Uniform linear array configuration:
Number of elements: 16
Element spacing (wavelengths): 0.5
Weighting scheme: kaiser
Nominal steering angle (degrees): -15
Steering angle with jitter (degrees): -15.786
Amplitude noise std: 0.05
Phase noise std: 0.05

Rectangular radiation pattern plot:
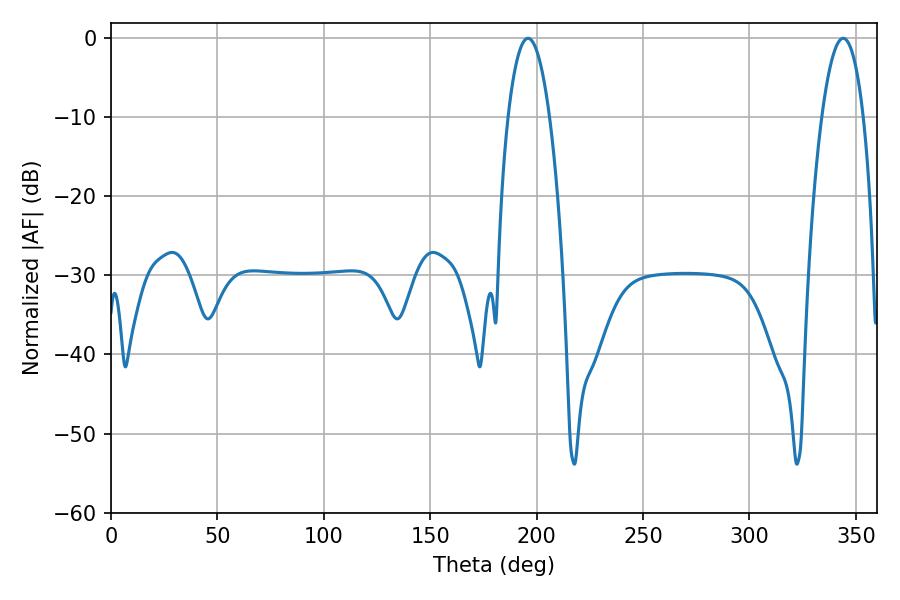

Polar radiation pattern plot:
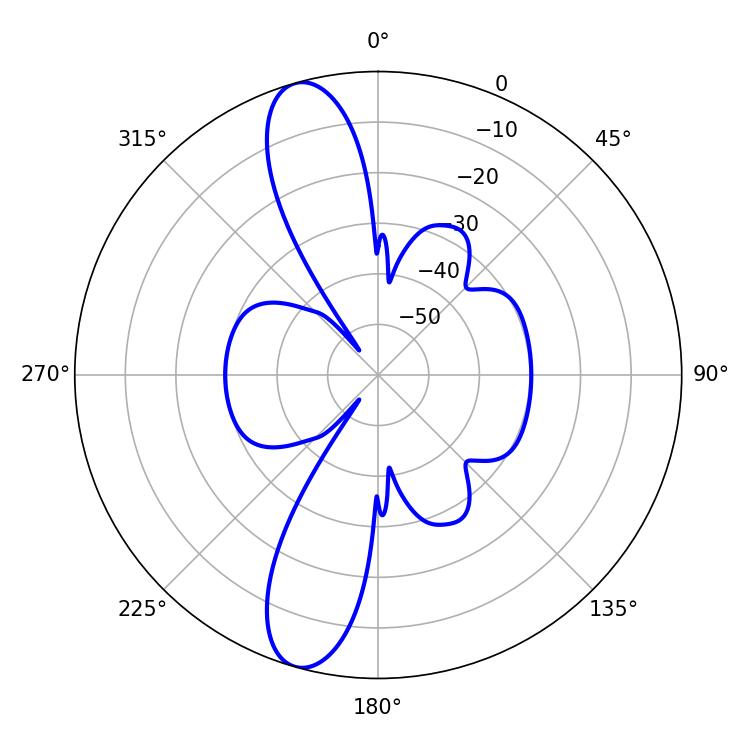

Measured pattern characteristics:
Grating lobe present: FALSE
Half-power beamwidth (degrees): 10.8
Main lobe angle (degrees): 196.02